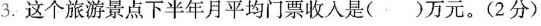
3.这个旅游景点下半年月平均门票收入是()万元。(2分)